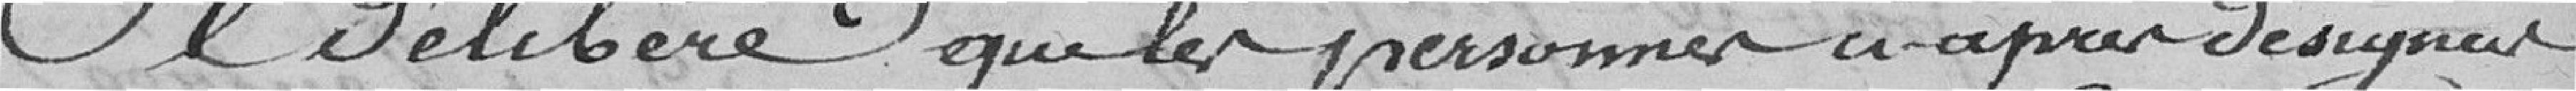
Je délibère que les personnes ci-après désignées